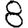
Digit: 8